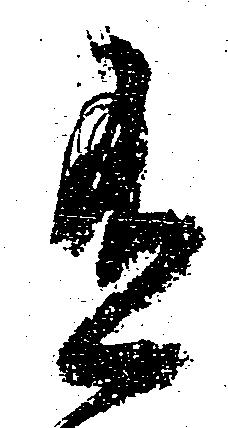
有